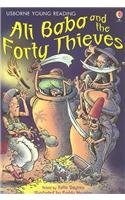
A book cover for Ali Baba and the Forty Thieves (Young Reading Series, 1); Katie Daynes; Children's Books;